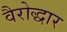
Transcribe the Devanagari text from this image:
वैरोद्धार